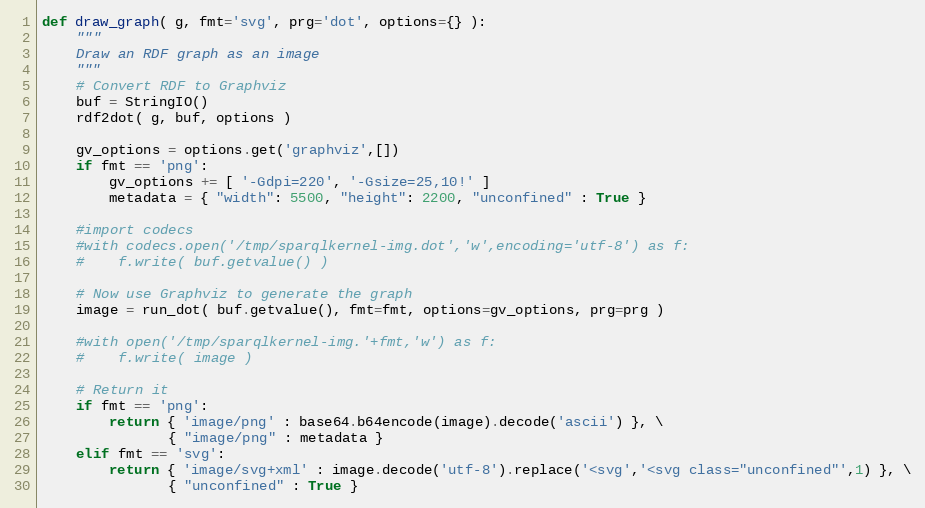
Language: Python
def draw_graph( g, fmt='svg', prg='dot', options={} ):
    """
    Draw an RDF graph as an image
    """
    # Convert RDF to Graphviz
    buf = StringIO()
    rdf2dot( g, buf, options )

    gv_options = options.get('graphviz',[])
    if fmt == 'png':
        gv_options += [ '-Gdpi=220', '-Gsize=25,10!' ]
        metadata = { "width": 5500, "height": 2200, "unconfined" : True }

    #import codecs
    #with codecs.open('/tmp/sparqlkernel-img.dot','w',encoding='utf-8') as f:
    #    f.write( buf.getvalue() )

    # Now use Graphviz to generate the graph
    image = run_dot( buf.getvalue(), fmt=fmt, options=gv_options, prg=prg )

    #with open('/tmp/sparqlkernel-img.'+fmt,'w') as f:
    #    f.write( image )

    # Return it
    if fmt == 'png':
        return { 'image/png' : base64.b64encode(image).decode('ascii') }, \
               { "image/png" : metadata }
    elif fmt == 'svg':
        return { 'image/svg+xml' : image.decode('utf-8').replace('<svg','<svg class="unconfined"',1) }, \
               { "unconfined" : True }